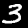
Label: 3